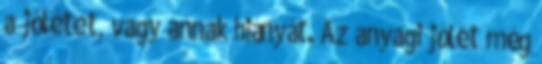
a jólétet, vagy annak hiányát. Az anyagi jólét még